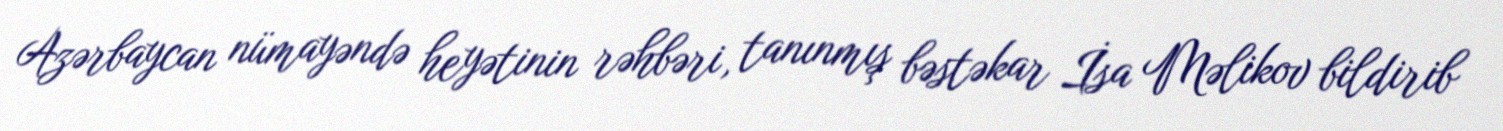
Azərbaycan nümayəndə heyətinin rəhbəri, tanınmış bəstəkar İsa Məlikov bildirib